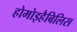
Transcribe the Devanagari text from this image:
होमोइहैबिलिस